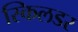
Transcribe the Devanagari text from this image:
स्किलडर